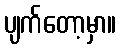
ပျက်တော့မှာ။